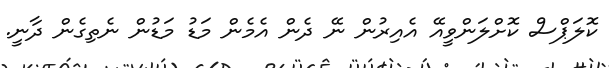
ކޮލަޕްސް ކޮށްލަންވީއޭ އެއިރުން ނޭ ދެން އެމެން މަޑު މަޑުން ނެތިގެން ދާނީ.